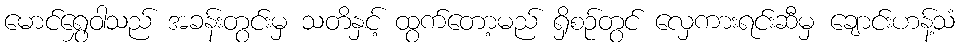
မောင်ရွှေဝါသည် အခန်းတွင်းမှ သတိနှင့် ထွက်တော့မည် ရှိစဉ်တွင် လှေကားရင်းဆီမှ ချောင်းဟန့်သံ